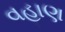
વહાણ